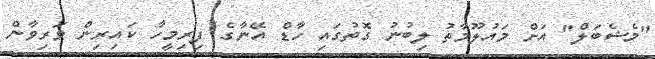
"މެޝެބަލް" އަށް މަައުލޫމާތު ލިބުނު ގޮތުގައި ހާޑް އޭނާގެ ފިރިމީހާ ކައިރިން ވަރިވާން